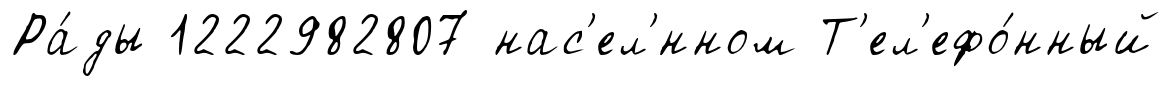
Ра́ды 1222982807 нас'ел'́нном Т'ел'ефо́нный